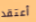
أعتقد